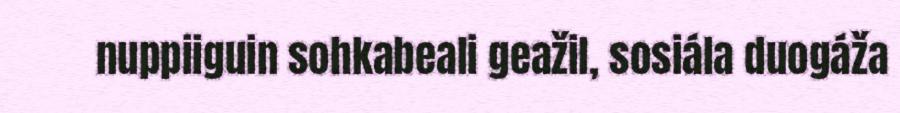
nuppiiguin sohkabeali geažil, sosiála duogáža